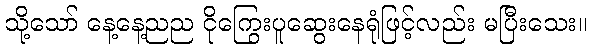
သို့သော် နေ့နေ့ညည ငိုကြွေးပူဆွေးနေရုံဖြင့်လည်း မပြီးသေး။